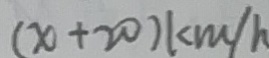
( x + 2 0 ) k m / h